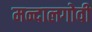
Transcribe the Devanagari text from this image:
मन्दालगोवी